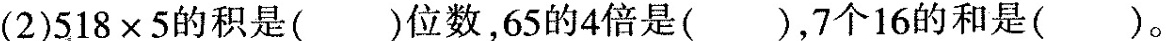
(2)$$5 1 8 \times 5$$的积是()位数，65的4倍是()，7个16的和是()。